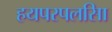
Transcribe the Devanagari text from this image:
हयपरपलसिा